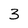
Character: 3